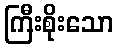
ကြီးစိုးသော